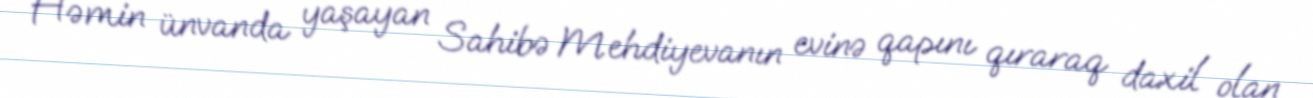
Həmin ünvanda yaşayan Sahibə Mehdiyevanın evinə qapını qıraraq daxil olan